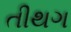
તીથગ